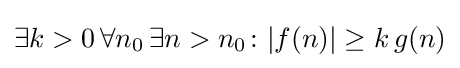
\exists k>0\,\forall n_{0}\,\exists n>n_{0}\colon |f(n)|\geq k\,g(n)